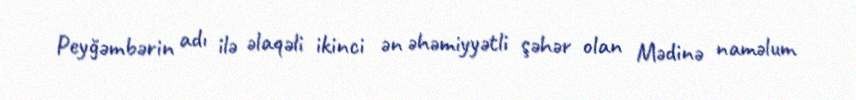
Peyğəmbərin adı ilə əlaqəli ikinci ən əhəmiyyətli şəhər olan Mədinə naməlum